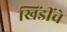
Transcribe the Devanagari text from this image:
खिंडींचे